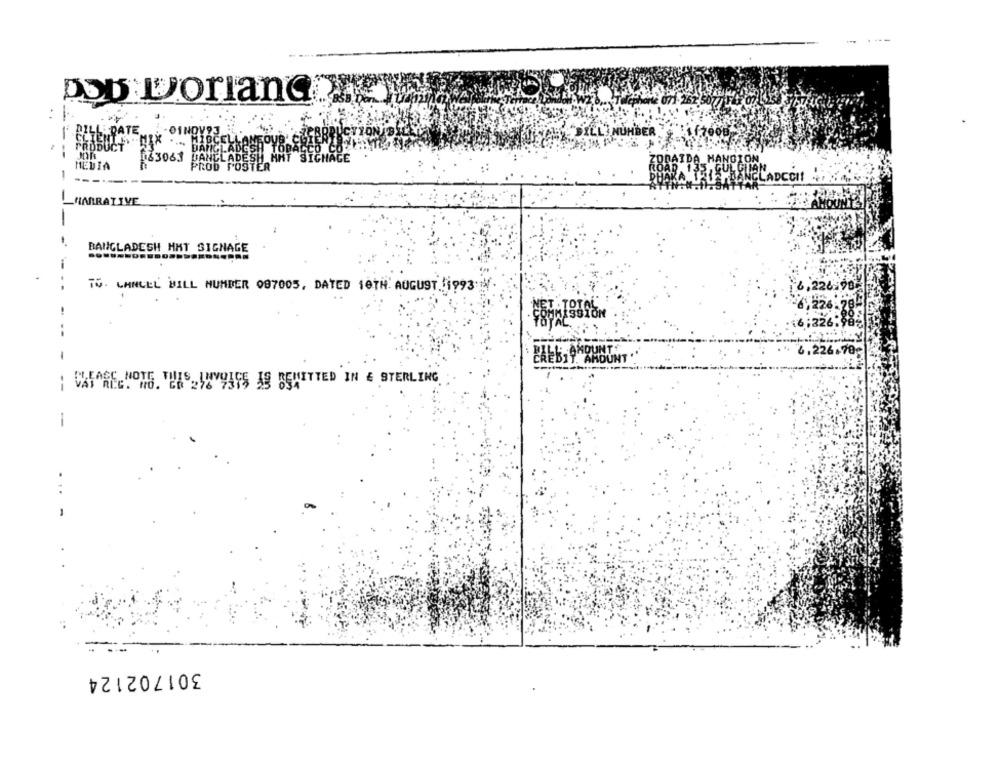
Dob Dorland
CELL BATE
-
163063
JÁČE
MEDIA
PROb FO
-
LADCCI!
------
NARRATIVE
--
BANGLADESH HHT SIGNAGE
TO. CANLEL BILL NUMBER 087005, DATED 10TH. AUGUST 1993
4.226+70
CAEBIY AMOUNT.
: CASAREMOTE. THES, HWYYAES 3g SEMITTED IN € STERLING
-
301702124